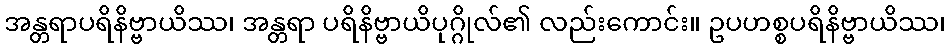
အန္တရာပရိနိဗ္ဗာယိဿ၊ အန္တရာ ပရိနိဗ္ဗာယိပုဂ္ဂိုလ်၏ လည်းကောင်း။ ဥပဟစ္စပရိနိဗ္ဗာယိဿ၊